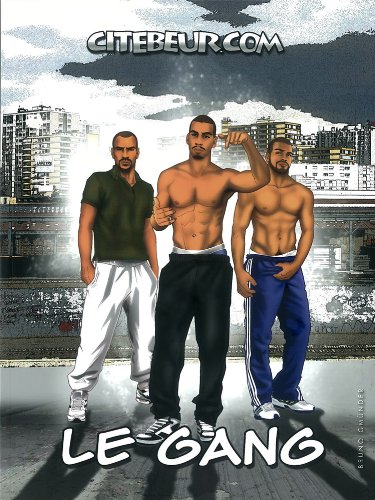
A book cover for Le Gang. Citebeur; Citebeur Com; Comics & Graphic Novels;